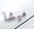
ميشا